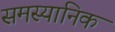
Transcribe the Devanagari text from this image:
समस्यानिक